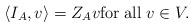
LaTeX: \begin{align*}\langle I_A, v \rangle = Z_Av \mathrm{for\;all\;} v \in V .\end{align*}